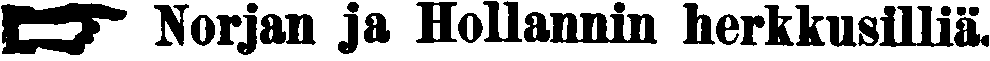
☛ Norjan ja Hollannin herkkusilliä.